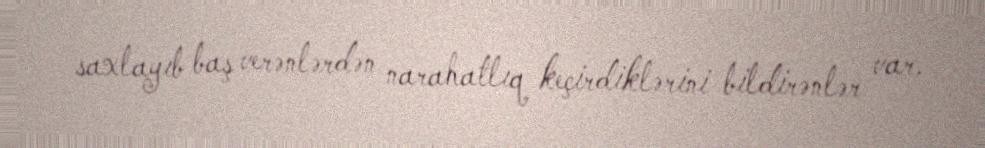
saxlayıb baş verənlərdən narahatlıq keçirdiklərini bildirənlər var.